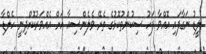
ލީޑު ނަގާފައި އޮއްވާ ފަހު ސިކުންތުކޮޅުގެ ތެރޭ ވެލެންސިއާ އަށް އެއްވަރުކޮށްދިނީ ހެލްޑާ